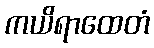
ကယိရာထေတံ